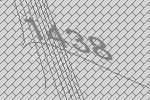
1438